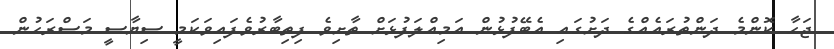
ޖަހާ ކޮންމެ ދަންތުރައެއްގެ ދަށުގައި އެބޭފުޅުން އަމިއްލަފުޅަށް ތާށިވެ ފިތިބާރުވެފައިވަކަމީ ސިޔާސީ މަސްރަހުން